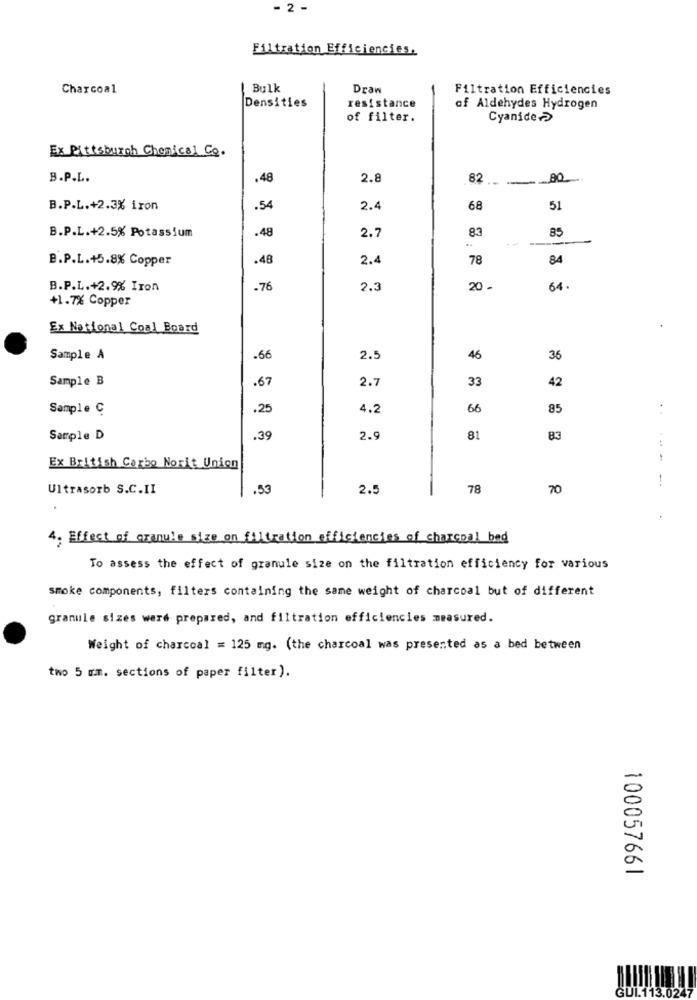
- 2 -
Filtration Efficiencies.
Charcoal
Bulk
Draw
Filtration Efficiencies
Densities
--
resistance
of Aldehydes Hydrogen
of filter.
Cyanide?
Ex Pittsburgh Chemical Co.
B.P.L.
.48
2.8
82 80
B.P.L.+2.3% iron
.54
2.4
68
51
.48
83
85
B.P.L.+2.5% Potassium
2.7
..
B.P.L.+5.8% Copper
.48
2.4
78
84
B.P.L.+2.9% Iron
-76
2.3
20 -
64.
+1.7% Copper
Ex National Coal Board
Sample A
.66
2.5
46
36
Sample B
.67
2.7
33
42
Sample C
.25
4.2
66
85
. .
Sample D
.39
2.9
8
83
Ex British Carbo Norit Union
Ultrasorb S.C.II
.53
2.5
78
70
4. Effect of granule size on filtration efficiencies of charcoal bad
To assess the effect of granule size on the filtration efficiency for various
smoke components, filters containing the same weight of charcoal but of different
granule sizes were prepared, and filtration efficiencies measured.
Weight of charcoal = 125 mg. (the charcoal was presented as a bed between
two 5 mm. sections of paper filter).
100057661
GUL.113.0247